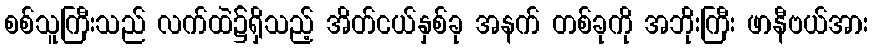
စစ်သူကြီးသည် လက်ထဲ၌ရှိသည့် အိတ်ငယ်နှစ်ခု အနက် တစ်ခုကို အဘိုးကြီး ဖာနီဗယ်အား